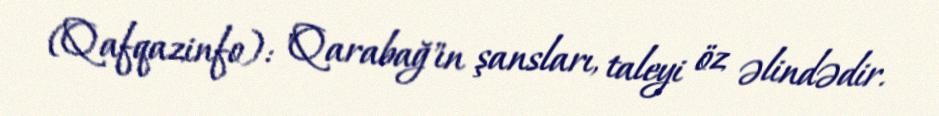
(Qafqazinfo): "Qarabağ"ın şansları, taleyi öz əlindədir.